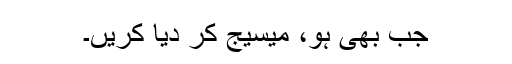
جب بھی ہو، میسیج کر دیا کریں۔